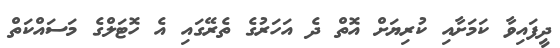
ދީފައިވާ ކަމަށާއި ކުރިޔަށް އޮތް ދެ އަހަރުގެ ތެރޭގައި އެ ހޮޓަލްގެ މަސައްކަތް